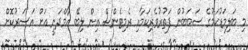
މި ބަލިމަޑުކަމުގެ ސަބަބުން ފަތުރުވެރިކަމާއި ރެމިޓެންސް އިން ލިބޭ އާމްދަނީ އަށް އަސަރުކޮށް